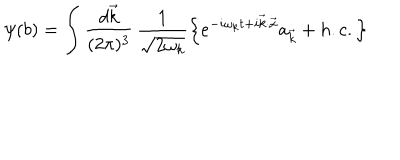
\psi ( b ) = \int \frac { d \vec { k } } { ( 2 \pi ) ^ { 3 } } \, \frac { 1 } { \sqrt { 2 \omega _ { k } } } \left\lbrace e ^ { - i \omega _ { k } t + i \vec { k } \cdot \vec { x } } a _ { \vec { k } } + h . c . \right\rbrace